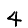
Digit: 4